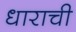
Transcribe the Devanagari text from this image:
धाराची